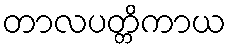
တာလပတ္တိကာယ